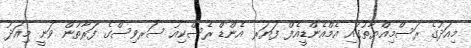
މިއަދުގެ ރަސްމިއްޔާތުގައި އެމްއެންޑީއެފް ފަޔަރ އެންޑް ރެސްކިއު ސަރވިސްގެ ފަރާތުން ވަނީ މިއަދު